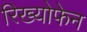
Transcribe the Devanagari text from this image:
रिख्योफेन